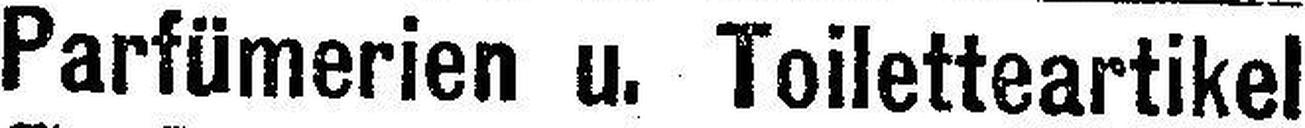
Parfümerien u. Toiletteartikel